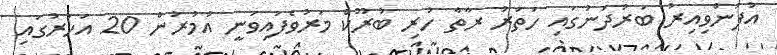
އުފަންވިއިރު ބަރުދަނުގައި ހަތަރު ރާތާ ހުރި ބުރޫކް މަރުވެފައިވަނީ އުމުރުން 20 އަހަރުގައި